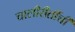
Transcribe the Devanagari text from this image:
चालीरीतींची